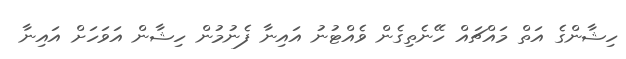
ހިޝާންގެ އަތް މައްޗައް ހޭނެތިގެން ވެއްޓުނު އައިނާ ފެނުމުން ހިޝާން އަވަހަށް އައިނާ